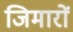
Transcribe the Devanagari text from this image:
जिमारों